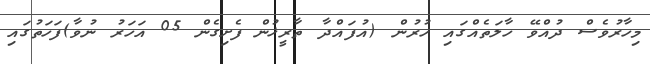
މިހާރުވެސް ދުއްވޭ ހާލަތެއްގައި ހުރުން (އުފައްދާ ތާރީޚުން ފެށިގެން 05 އަހަރު ނުވާ)ފަހަތުގައި